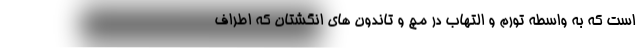
است که به واسطه تورم و التهاب در مچ و تاندون های انگشتان که اطراف